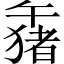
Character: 𱑒